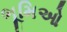
ભૂમિઓ